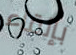
بإلقاء